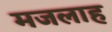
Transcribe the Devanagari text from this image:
मजलाह